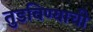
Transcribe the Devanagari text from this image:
तुडविण्याची